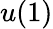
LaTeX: u(1)